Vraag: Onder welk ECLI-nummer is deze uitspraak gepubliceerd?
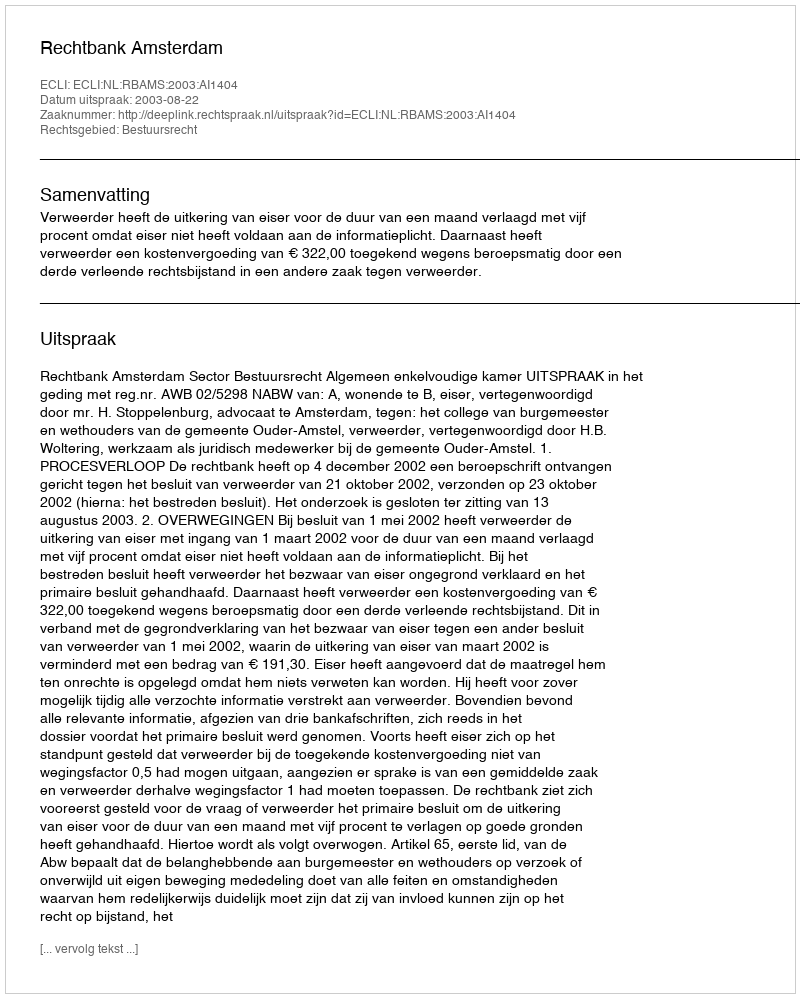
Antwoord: ECLI:NL:RBAMS:2003:AI1404